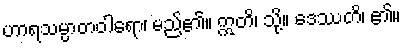
ဟာရသမ္ပာတဝါရော၊ မည်၏။ ဣတိ၊ သို့။ ဒေဿတိ၊ ၏။